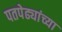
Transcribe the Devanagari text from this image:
पतपेढ्यांच्या